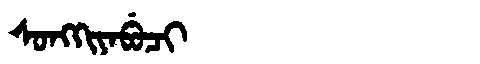
Manchu: ᠰᠣᠩᡴᡳᠶᠠᠪᡠᠴᡳ
Romanization: SONGKIYABUCI